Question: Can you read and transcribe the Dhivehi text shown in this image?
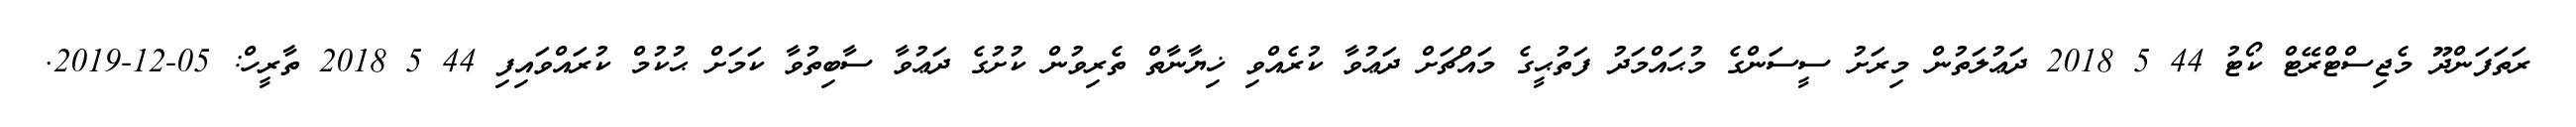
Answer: ރަތަފަންދޫ މެޖިސްޓްރޭޓް ކޯޓު 44 5 2018 ދަޢުލަތުން މިރަށު ސީސަންގެ މުޙައްމަދު ފަތުޙީގެ މައްޗަށް ދަޢުވާ ކުރެއްވި ޚިޔާނާތް ތެރިވުން ކުށުގެ ދަޢުވާ ސާބިތުވާ ކަމަށް ޙުކުމް ކުރައްވައިފި 44 5 2018 ތާރީހް: 05-12-2019.